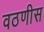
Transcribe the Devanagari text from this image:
वठणीस